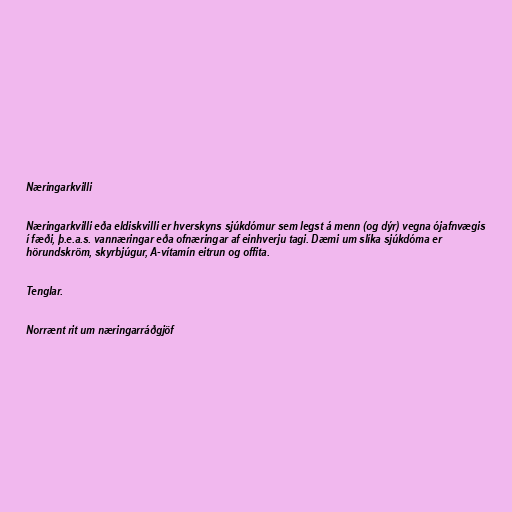
Næringarkvilli

Næringarkvilli eða eldiskvilli er hverskyns sjúkdómur sem legst á menn (og dýr) vegna ójafnvægis
í fæði, þ.e.a.s. vannæringar eða ofnæringar af einhverju tagi. Dæmi um slíka sjúkdóma er
hörundskröm, skyrbjúgur, A-vítamín eitrun og offita.

Tenglar.

Norrænt rit um næringarráðgjöf